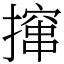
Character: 撺